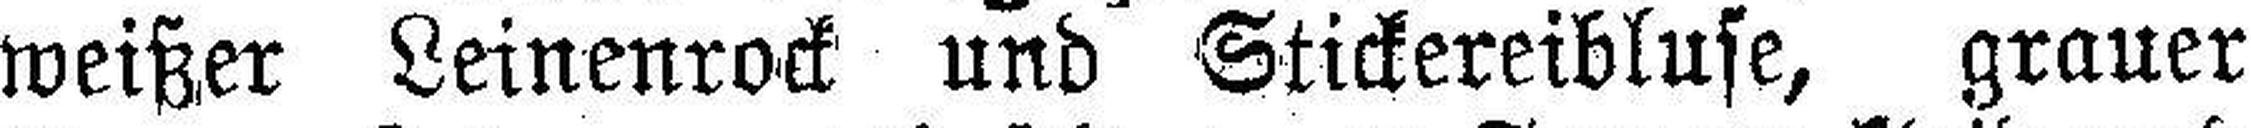
weißer Leinenrock und Stickereibluse, grauer